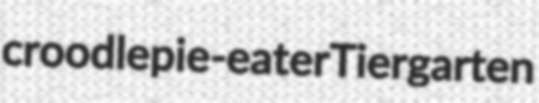
croodle pie-eater Tiergarten